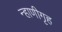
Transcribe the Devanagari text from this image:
न्हाणीगृह